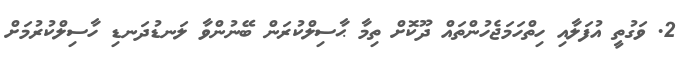
2. ވަގުތީ އުފަލާއި ހިތްހަމަޖެހުންތައް ދޫކޮށް ތިމާ ޙާސިލްކުރަން ބޭނުންވާ ލަނޑުދަނޑި ހާސިލްކުރުމަށް